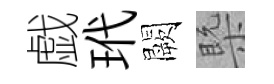
戯玳闕槩